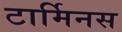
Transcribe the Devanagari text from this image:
टार्मिनस